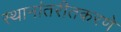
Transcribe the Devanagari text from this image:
स्थानांतरीतकरणे